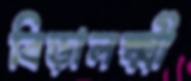
বিড়ালক্ষ্মী